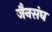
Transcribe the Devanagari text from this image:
जैनसंघ